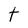
Character: t